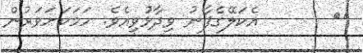
٦٨       އެކަލޭގެފާނު ވިދާޅުވިއެވެ. ހަމަކަށަވަރުން